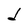
Character: d